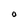
Character: O